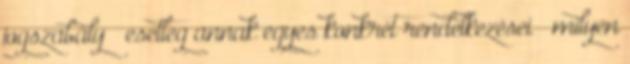
jogszabály – esetleg annak egyes konkrét rendelkezései – milyen